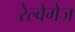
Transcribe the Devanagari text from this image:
रेल्वेगेज